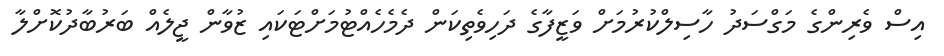
އިސް ވެރިންގެ މަގްސަދު ހާސިލްކުރުމަށް ވަޒީފާގެ ދަހިވެތިކަން ދެމެހެއްޓުމަށްޓަކައި ޒުވާން ޖީލެއް ބަރުބާދުކޮށްލާ